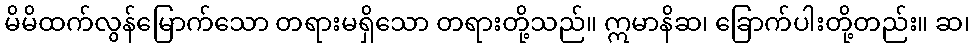
မိမိထက်လွန်မြောက်သော တရားမရှိသော တရားတို့သည်။ ဣမာနိဆ၊ ခြောက်ပါးတို့တည်း။ ဆ၊